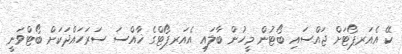
ކޭ އެއަރޕޯޓަށް ޖައްސައި ބޯޓުން މީހުން ބާލައި އެއަރޕޯޓްގެ ޚާއްސަ ސަރަހައްދަކަށް ބޯޓްވަނީ